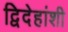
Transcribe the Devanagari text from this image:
द्विदेहांशी